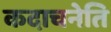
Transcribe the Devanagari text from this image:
कदाचनेति